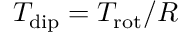
T _ { \mathrm { d i p } } = T _ { \mathrm { r o t } } / R